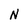
Character: N